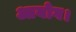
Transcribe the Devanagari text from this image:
आयोग।